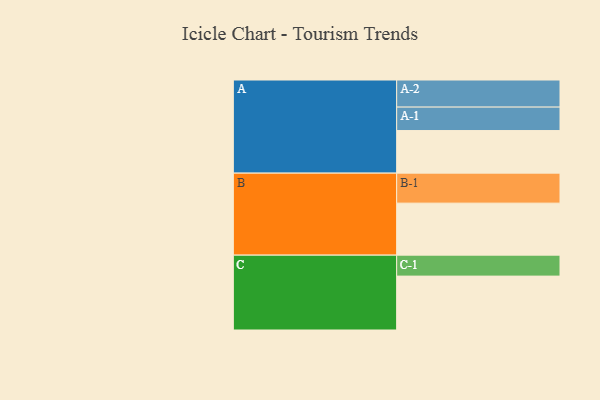
{"axis": {"x": "Segment", "y": "Value"}, "legend": ["", "A", "B", "C"], "data": [{"x": "A", "y": 410, "type": ""}, {"x": "B", "y": 501, "type": ""}, {"x": "C", "y": 519, "type": ""}, {"x": "A-1", "y": 226, "type": "A"}, {"x": "A-2", "y": 261, "type": "A"}, {"x": "B-1", "y": 289, "type": "B"}, {"x": "C-1", "y": 202, "type": "C"}]}